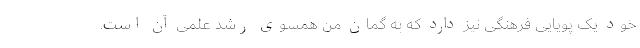
خود یک پویایی فرهنگی نیز دارد که به ‌گمان من همسوی رشد علمی آن است.